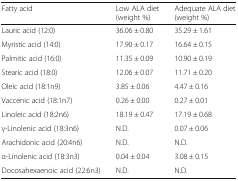
<table><thead><tr><td><b>Fatty acid</b></td><td><b>Low ALA diet (weight %)</b></td><td><b>Adequate ALA diet (weight %)</b></td></tr></thead><tbody><tr><td>Lauric acid (12:0)</td><td>36.06 ± 0.80</td><td>35.29 ± 1.61</td></tr><tr><td>Myristic acid (14:0)</td><td>17.90 ± 0.17</td><td>16.64 ± 0.15</td></tr><tr><td>Palmitic acid (16:0)</td><td>11.35 ± 0.09</td><td>10.90 ± 0.19</td></tr><tr><td>Stearic acid (18:0)</td><td>12.06 ± 0.07</td><td>11.71 ± 0.20</td></tr><tr><td>Oleic acid (18:1n9)</td><td>3.85 ± 0.06</td><td>4.47 ± 0.16</td></tr><tr><td>Vaccenic acid (18:1n7)</td><td>0.26 ± 0.00</td><td>0.27 ± 0.01</td></tr><tr><td>Linoleic acid (18:2n6)</td><td>18.19 ± 0.47</td><td>17.19 ± 0.68</td></tr><tr><td>γ-Linolenic acid (18:3n6)</td><td>N.D.</td><td>0.07 ± 0.06</td></tr><tr><td>Arachidonic acid (20:4n6)</td><td>N.D.</td><td>N.D.</td></tr><tr><td>α-Linolenic acid (18:3n3)</td><td>0.04 ± 0.04</td><td>3.08 ± 0.15</td></tr><tr><td>Docosahexaenoic acid (22:6n3)</td><td>N.D.</td><td>N.D.</td></tr></tbody></table>